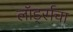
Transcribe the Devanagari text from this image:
लॉर्ड्सचा